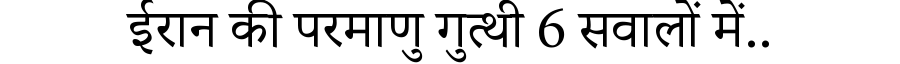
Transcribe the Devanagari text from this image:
ईरान की परमाणु गुत्थी 6 सवालों में..